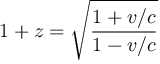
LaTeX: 1 + z = { \sqrt { \frac { 1 + v / c } { 1 - v / c } } }